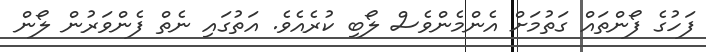
ފަހުގެ ފޯންތައް ގަތުމަށް އެންމެންވެސް ލޯބި ކުރެއެވެ. އަތުގައި ނެތް ފެންވަރުން ލޯން